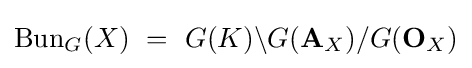
{\text{Bun}}_{G}(X)\ =\ G(K)\backslash G(\mathbf {A} _{X})/G(\mathbf {O} _{X})